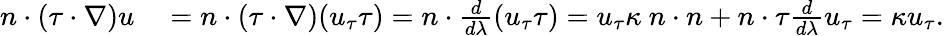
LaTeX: \begin{array}{rl}{n\cdot(\tau\cdot\nabla)u}&{{}=n\cdot(\tau\cdot\nabla)(u_{\tau}\tau)=n\cdot\frac{d}{d\lambda}(u_{\tau}\tau)=u_{\tau}\kappa\ n\cdot n+n\cdot\tau\frac{d}{d\lambda}u_{\tau}=\kappa u_{\tau}.}\end{array}